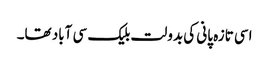
اسی تازہ پانی کی بدولت بلیک سی آباد تھا۔